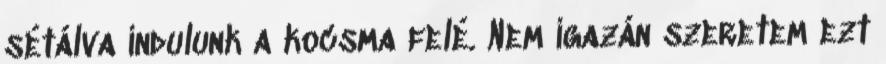
sétálva indulunk a kocsma felé. Nem igazán szeretem ezt